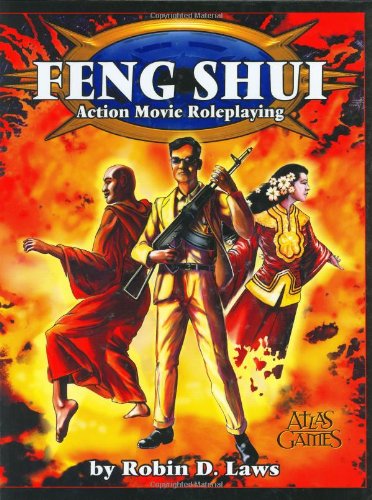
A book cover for Feng Shui: Action Movie Roleplaying; Robin D. Laws; Religion & Spirituality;